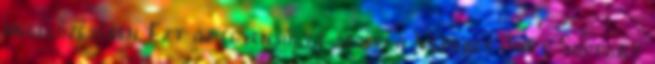
megelőzésében. Ezt az egyensúlyt segíti a Verebey Joint Support